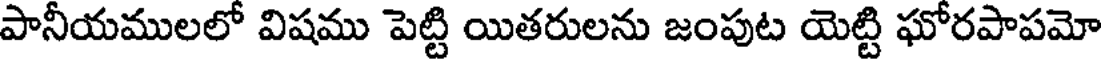
పానీయములలో విషము పెట్టి యితరులను జంపుట యెట్టి ఘోరపాపమో